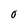
Character: O